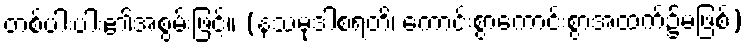
တစ်ပါးပါး၏အစွမ်းဖြင့်။ (နသမုဒါစရတိ၊ ကောင်းစွာကောင်းစွာအထက်၌မဖြစ်)